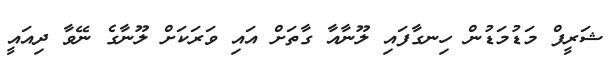
ޝަރީފް މަޑުމަޑުން ހިނގާފައި ލޫނާއާ ގާތަށް އައި ވަރަކަށް ލޫނާގެ ނޭވާ ދިއައީ